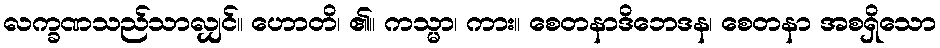
လက္ခဏသည်သာလျှင်။ ဟောတိ၊ ၏။ ကသ္မာ၊ ကား။ စေတနာဒိဘေဒန၊ စေတနာ အစရှိသော